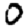
Digit: 0